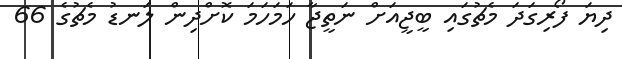
ދިޔަ ފޯރިގަދަ މެޗުގައި ބީޖީއަށް ނަތީޖާ ހަމަހަމަ ކޮށްދިން ލަނޑު މެޗުގެ 66